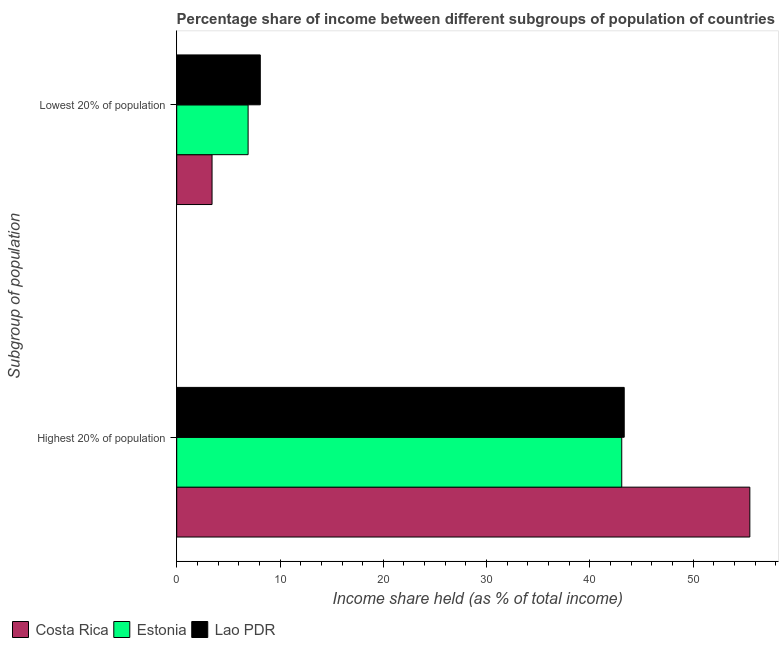
| Subgroup of population | Costa Rica | Estonia | Lao PDR |
 | --- | --- | --- | --- |
 | Highest 20% of population | 55.5 | 43.1 | 43.3 |
 | Lowest 20% of population | 3.42 | 6.91 | 8.09 |